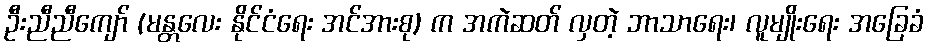
ဦးညီညီကျော် (မန္တလေး နိုင်ငံရေး အင်အားစု) က အကဲဆတ် လှတဲ့ ဘာသာရေး၊ လူမျိုးရေး အခြေခံ